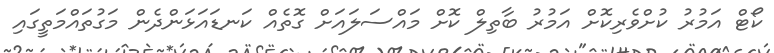
ކޯޓް އަމުރު ކުށްވެރިކޮށް އަމުރު ބާތިލް ކޮށް މައްސަލައަށް ގޮތެއް ކަނޑައަޅަންދެން މަގުތައްމަތީގައި